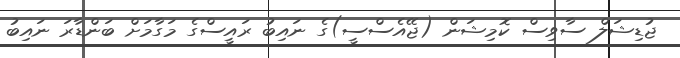
ޖުޑިޝަލް ސާވިސް ކޮމިޝަން (ޖޭއެސްސީ)ގެ ނައިބު ރައީސްގެ މަގާމަށް ބަންޑާރަ ނައިބު